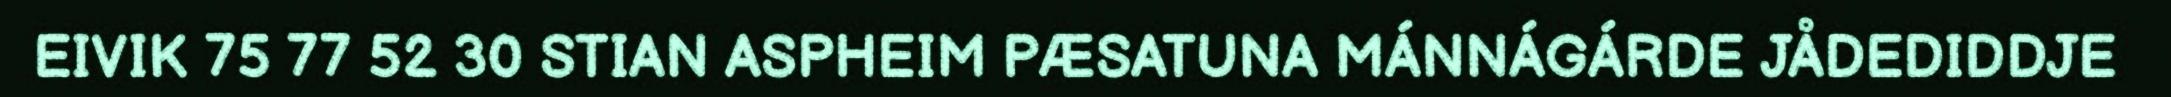
EIVIK 75 77 52 30 STIAN ASPHEIM PÆSATUNA MÁNNÁGÁRDE JÅDEDIDDJE